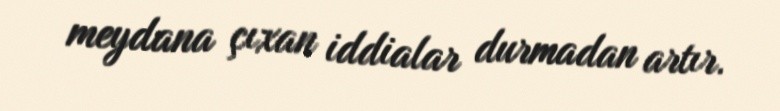
meydana çıxan iddialar durmadan artır.